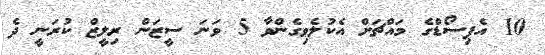
10 އެޕިސޯޑްގެ މައްޗަށް އެކުލެވިގެންވާ 5 ވަނަ ސީޒަން ރިލީޒް ކުރަނީ ދެ